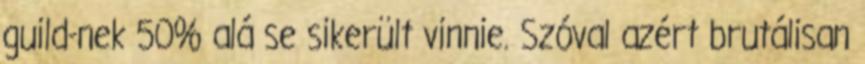
guild-nek 50% alá se sikerült vinnie. Szóval azért brutálisan